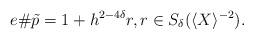
LaTeX: \begin{align*}e\#\tilde p=1+h^{2-4\delta} r, r\in S_{\delta}(\langle X \rangle^{-2}).\end{align*}